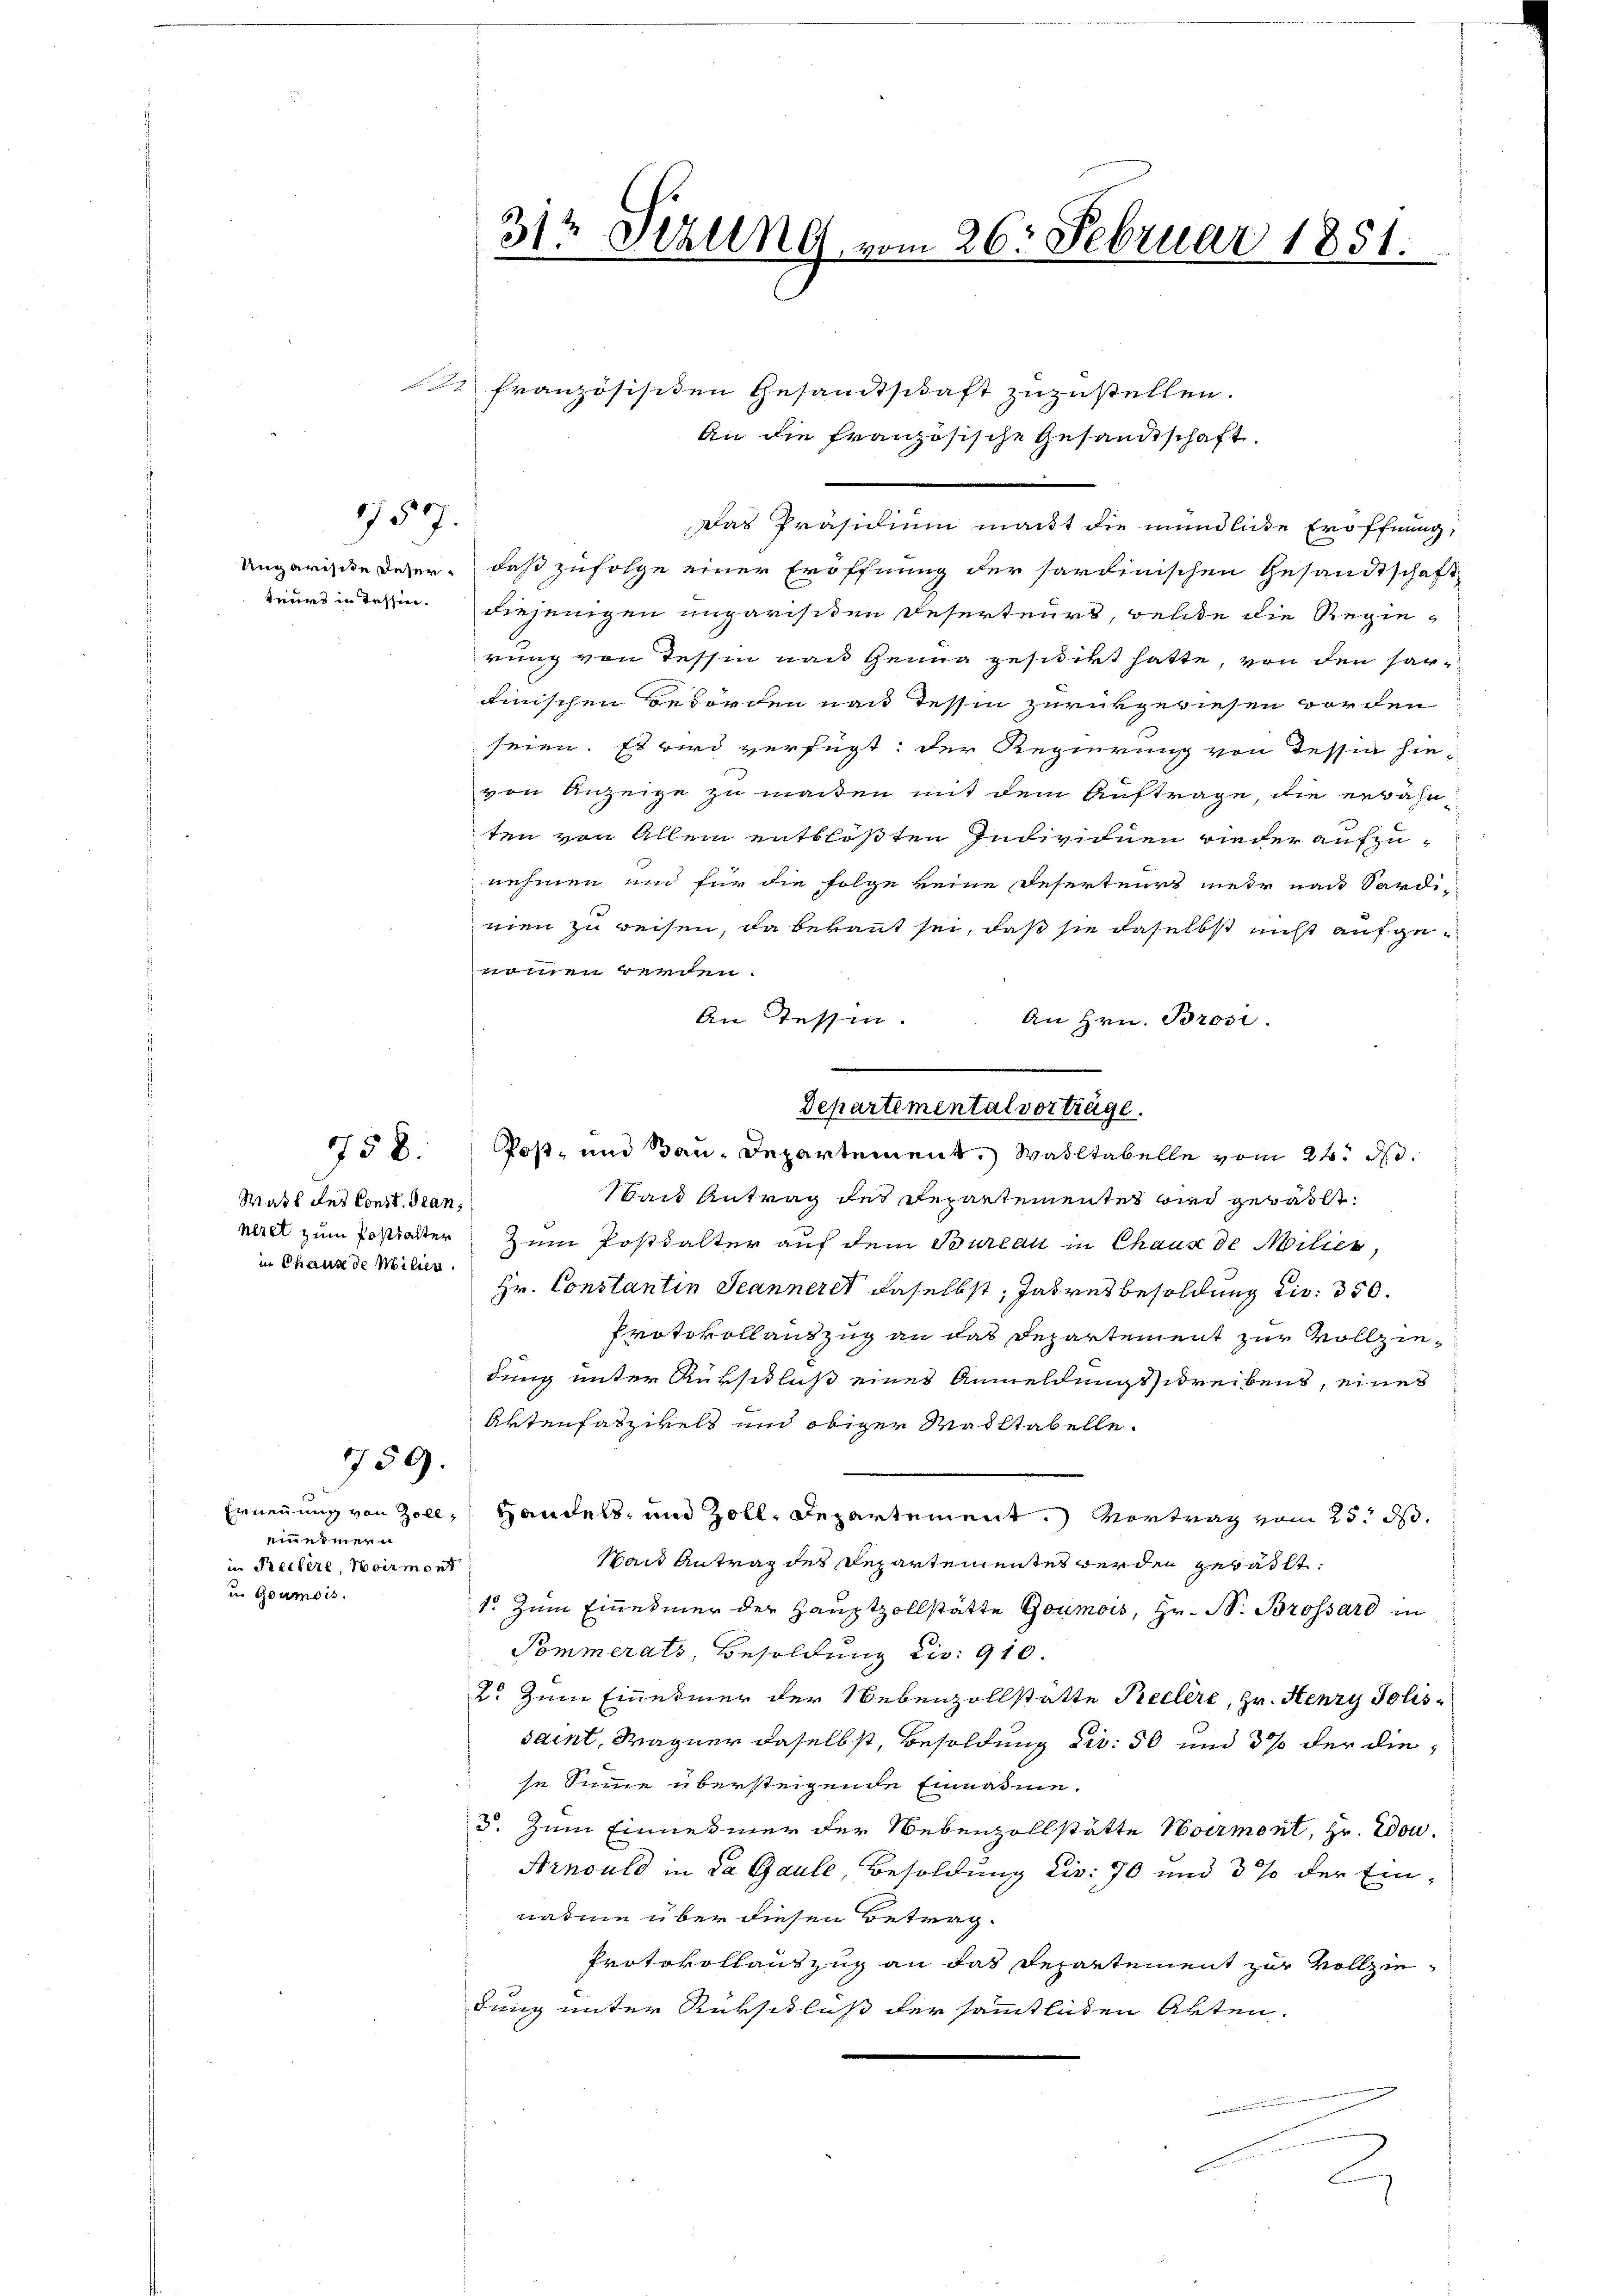
157.

Ungarische Deserteurs in Tessin.

Wast des Const. dran,
niret zum Posthalter
in Chaux de Milier

758.

150.

Ernennung von Zoll,
ein einer u
in Teilere, Heirmont
u. Goumois.

312 Stelle vom 26. Februar 1851.
.
2)

Das Präsidium macht die mündliche Eröffnung,
daß zufolge einer Eröffnung der sardinischen Gesandtschaft
diejenigen ungarisiten Deserteurs, welde die Regie-
rung von Tessin nach Genug geschikt hatte, von den harcinischen Beforden nach Tessin zurückgewiesen worden
seien. Es wird verfügt: der Regierung von Tessin hie-
von Anzeige zu machen mit dem Auftrage, die erwähn-
ten von Allem entblößten Indivichnen wieder aufzu-
nehmen und für die Folge keine Deserteurs mehr nach Sardi-
mien zu reisen, da bekannt sei, daß sie daselbst nicht aufgenommen werden.
An Tessin.
An Hrn. Brosi.
Wait Antrag des Departementes bied gewalt.
Zum Posthalter auf dem Bureau in Chaux de Milier,
Hr. Constantin Jeanneret daselbst, Jahresbesoldung dir. 350.
Protokollantzug an das Departement zur Vollziedung unter Rüksidlus eines Anmeldungsschreibens, eines
Artenfaszikels und obiger Masstabelle.
Handers, und Zoll, Departement. Vortrag vom 25. ds.
Wand Antrag des Departementes werden gewählt:
1. Zum Einedmer der Hauptzollstätte Goumois, Hr. B. Brossard in
Pommerats, Besoldung die: 910.
2. Zum Einesmer der Nebenzollstatte Reclere, Hr. Henry Jolis-
saint, Wagner daselbst, Besoldung dir. 50 und 3 % der diese Summe übersteigende Einnahme.
3. Zum Einnehmer der Nebenzollstätte Norment, Hr. Zdon.
Arnould in da Gaule Besoldung Eis: 70 und 3 % der Einnahme über diesen Betrag.
Protokollanzzug an das Departement zur Vollziedung unter Rükschluß der sämmtlichen Akten.

2 französisiden Gesamtschaft zuzustellen.
An die französische Gesandtschaft.

n

Departemental vorträge.
Post- und Bau-Departement, Waltabelle vom 24. d.